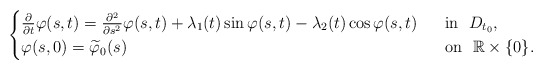
\begin{align*}\begin{cases}\frac{\partial}{\partial t}\varphi(s,t)=\frac{\partial^2}{\partial s^2}\varphi(s,t)+\lambda_1(t) \sin\varphi(s,t)-\lambda_2(t)\cos\varphi(s,t)~~&\mbox{in}~~D_{t_0}, \\\varphi(s,0)=\widetilde{\varphi}_0(s) &\mbox{on}~~\mathbb R\times\{0\}.\end{cases}\end{align*}